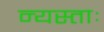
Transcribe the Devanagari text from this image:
न्यस्ताः